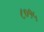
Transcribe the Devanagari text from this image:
८०१५